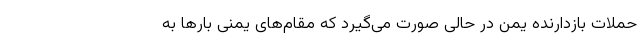
حملات بازدارنده یمن در حالی صورت می‌گیرد که مقام‌های یمنی بارها به